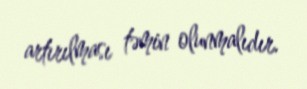
artırılması təmin olunmalıdır.